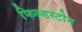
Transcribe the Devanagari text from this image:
फिल्डस्टोन